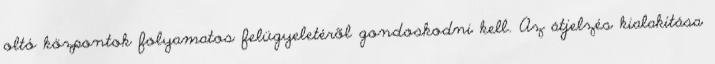
oltó központok folyamatos felügyeletérõl gondoskodni kell. Az átjelzés kialakítása